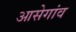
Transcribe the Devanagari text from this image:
आसेगांव